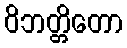
ဝိဘတ္တိတော